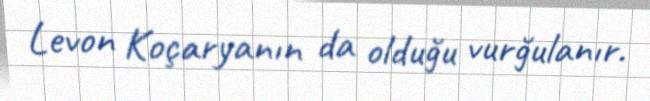
Levon Koçaryanın da olduğu vurğulanır.